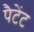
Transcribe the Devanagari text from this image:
पैटेंट